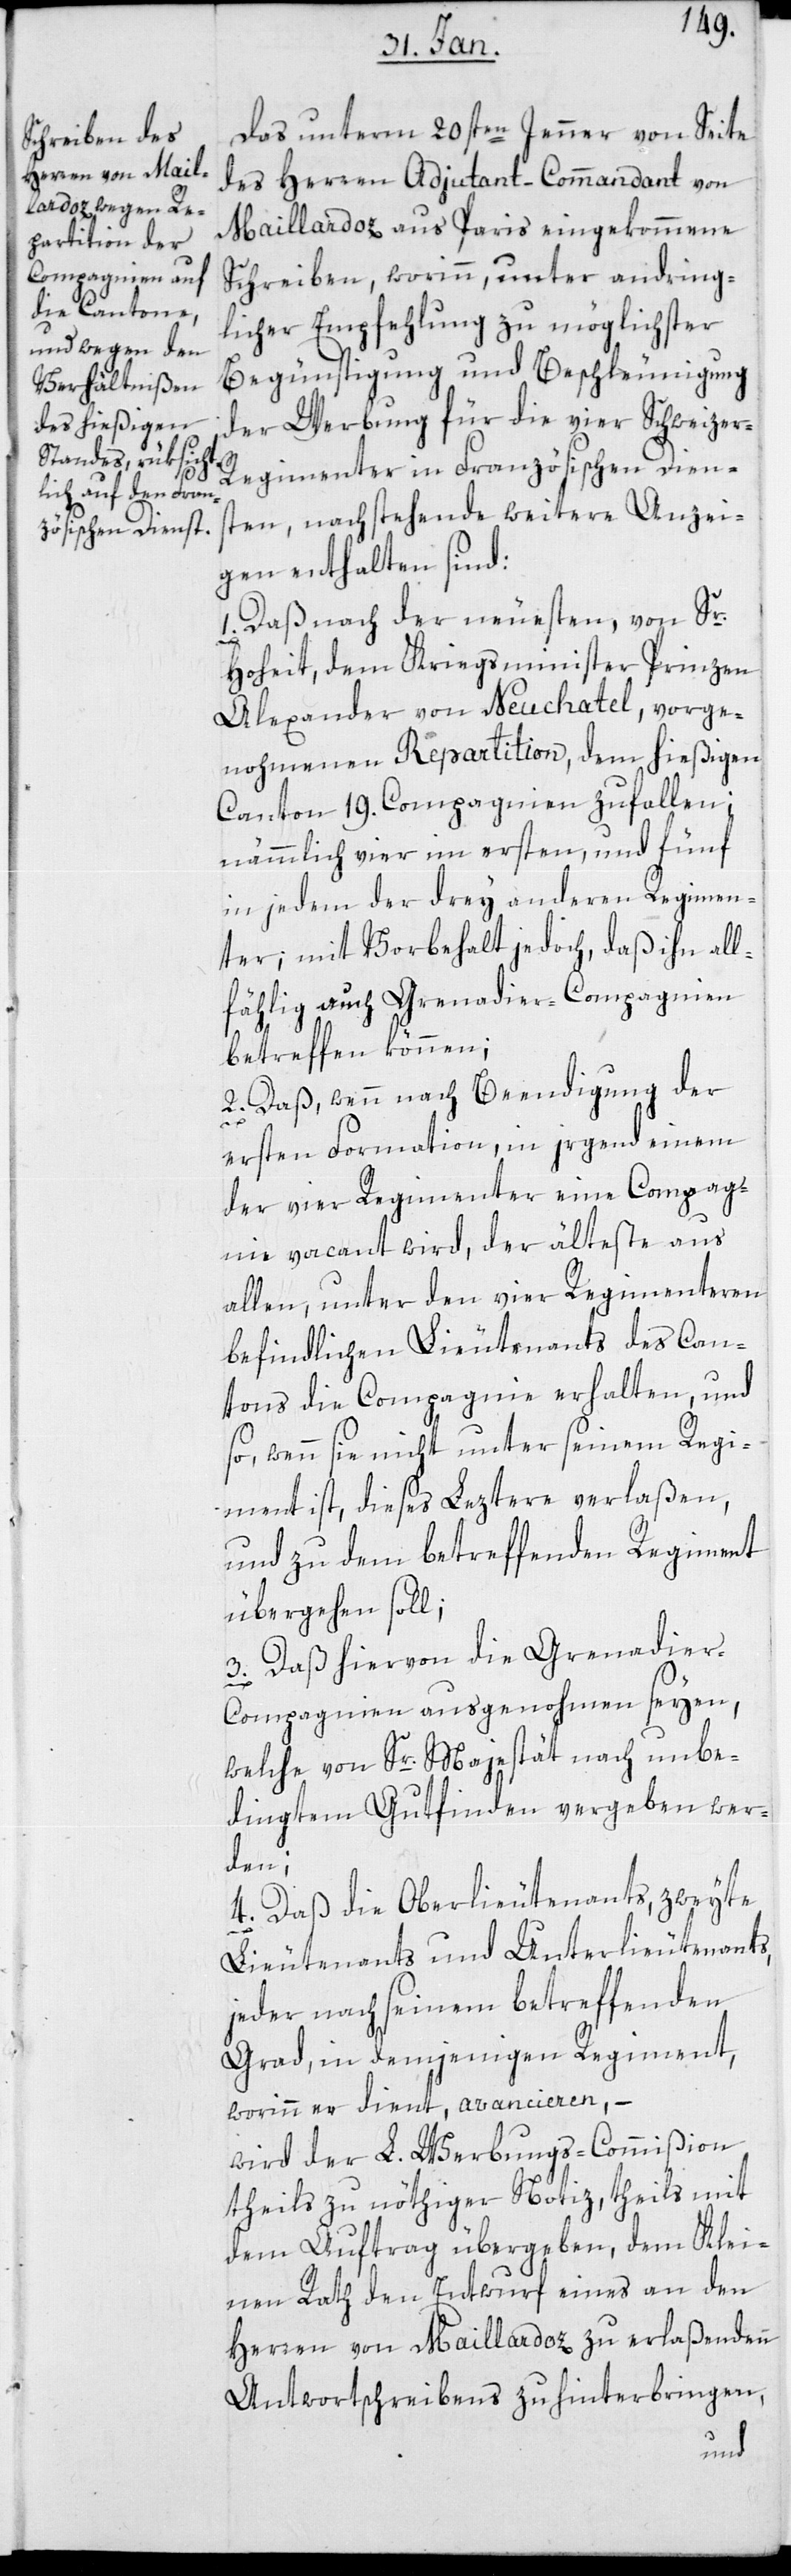
1.

Das unterm 20sten Jenner von Seite
des Herren Adjudant-Commandant von
Maillardoz aus Paris eingekommene
Schreiben, worin unter andring¬
licher Empfehlung zu möglichster
Begünstigung und Beschleunigung
der Werbung für die vier Schweitzer¬
regimenter in Französischen Dien¬
sten, nachstehende weitere Anzei¬
gen enthalten sind:
Daß nach der neuesten, von Sr
Hoheit, dem Kriegsminister Prinzen
Alexander von Neuchatel, vorge¬
nommenen Repartition, dem hießigen
Canton 19. Compagnien zufallen;
nämmlich vier im ersten und fünf
in jedem der drey anderen Regimen¬
ter; mit Vorbehalt jedoch, daß ihn all¬
fählig auch Grenadier-Compagnien
betreffen können;
2. Daß wenn nach Beendigung der
ersten Formation, in irgend einem
der vier Regimenter eine Compagn¬
ie vacant wird, der älteste aus
allen, unter den vier Regimenteren
befindliche Lieutenants des Can¬
tons die Compagnie erhalten, und
so, wenn sie nicht unter seinem Regi¬
ment ist, dieses Leztere verlaßen,
und zu dem betreffenden Regiment
übergehen soll;
3. Daß hiervon die Grenadier-C¬
ompagnien ausgenohmen seyen,
welche von Sr Majestät nach unbe¬
dingtem Gutfinden vergeben wer¬
den;
4. daß die Oberlieutenants, zweyte
Lieutenants und Unterlieutenants,
jeder nach seinem betreffenden
Grad, in demjenigen Regiment,
worinn er dient avancieren, –
wird der L. Werbungs-Commißion
theils zu nöthiger Notiz, theils mit
dem Auftrag übergeben, dem Klei¬
nen Rath den Entwurf eines an den
Herren von Maillardoz zu erlaßenden
Antwortschreibens zu hinterbringen,